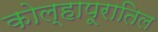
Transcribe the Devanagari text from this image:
कोल्हापूरातिल